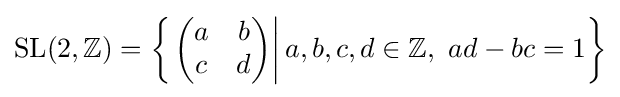
{\text{SL}}(2,\mathbb {Z} )=\left\{\left.{\begin{pmatrix}a&b\\c&d\end{pmatrix}}\right|a,b,c,d\in \mathbb {Z} ,\ ad-bc=1\right\}